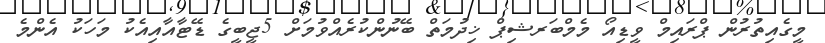
މީގެއިތުރުން ޕްރައިމް ވީޑިއޯ މެމްބަރޝިޕް ޚިދުމަތް ބޭނުންކުރެއްވުމަށް 5ޖީބީގެ ޑޭޓާއާއިއެކު މަހަކު އެންމެ